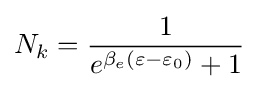
N_{k}={\frac {1}{e^{\beta _{e}(\varepsilon -\varepsilon _{0})}+1}}